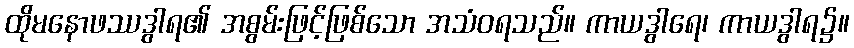
ထိုမနောဖဿဒွါရ၏ အစွမ်းဖြင့်ဖြစ်သော အသံဝရသည်။ ကာယဒွါရေ၊ ကာယဒွါရ၌။